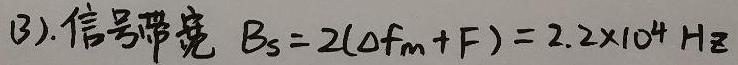
(3). 信号带宽 $B_S = 2(\Delta f_m + F) = 2.2\times10^{4}\ Hz$